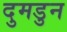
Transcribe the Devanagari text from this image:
दुमडुन